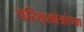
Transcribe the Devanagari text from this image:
परिसरक्षेत्रांच्या